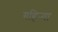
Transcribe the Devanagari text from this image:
गहिर्‍या